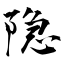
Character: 隐